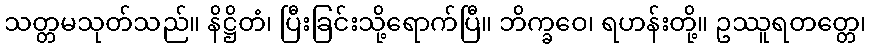
သတ္တမသုတ်သည်။ နိဋ္ဌိတံ၊ ပြီးခြင်းသို့ရောက်ပြီ။ ဘိက္ခဝေ၊ ရဟန်းတို့။ ဥဿူရတတ္တေ၊